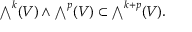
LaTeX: { \textstyle \bigwedge } ^ { k } ( V ) \wedge { \textstyle \bigwedge } ^ { p } ( V ) \subset { \textstyle \bigwedge } ^ { k + p } ( V ) .